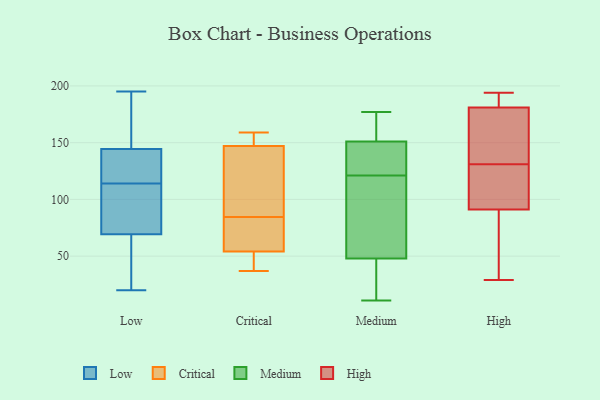
{"axis": {"x": "Page Views", "y": "Value"}, "legend": ["Critical", "High", "Low", "Medium"], "data": [{"x": "", "y": 72, "type": "Low"}, {"x": "", "y": 195, "type": "Low"}, {"x": "", "y": 114, "type": "Low"}, {"x": "", "y": 175, "type": "Low"}, {"x": "", "y": 127, "type": "Low"}, {"x": "", "y": 139, "type": "Low"}, {"x": "", "y": 115, "type": "Low"}, {"x": "", "y": 80, "type": "Low"}, {"x": "", "y": 21, "type": "Low"}, {"x": "", "y": 88, "type": "Low"}, {"x": "", "y": 83, "type": "Low"}, {"x": "", "y": 20, "type": "Low"}, {"x": "", "y": 169, "type": "Low"}, {"x": "", "y": 61, "type": "Low"}, {"x": "", "y": 49, "type": "Low"}, {"x": "", "y": 161, "type": "Low"}, {"x": "", "y": 124, "type": "Low"}, {"x": "", "y": 102, "type": "Critical"}, {"x": "", "y": 58, "type": "Critical"}, {"x": "", "y": 159, "type": "Critical"}, {"x": "", "y": 37, "type": "Critical"}, {"x": "", "y": 104, "type": "Critical"}, {"x": "", "y": 67, "type": "Critical"}, {"x": "", "y": 54, "type": "Critical"}, {"x": "", "y": 147, "type": "Critical"}, {"x": "", "y": 149, "type": "Critical"}, {"x": "", "y": 38, "type": "Critical"}, {"x": "", "y": 156, "type": "Medium"}, {"x": "", "y": 151, "type": "Medium"}, {"x": "", "y": 51, "type": "Medium"}, {"x": "", "y": 81, "type": "Medium"}, {"x": "", "y": 15, "type": "Medium"}, {"x": "", "y": 36, "type": "Medium"}, {"x": "", "y": 141, "type": "Medium"}, {"x": "", "y": 111, "type": "Medium"}, {"x": "", "y": 146, "type": "Medium"}, {"x": "", "y": 177, "type": "Medium"}, {"x": "", "y": 160, "type": "Medium"}, {"x": "", "y": 11, "type": "Medium"}, {"x": "", "y": 149, "type": "Medium"}, {"x": "", "y": 131, "type": "Medium"}, {"x": "", "y": 85, "type": "Medium"}, {"x": "", "y": 164, "type": "Medium"}, {"x": "", "y": 48, "type": "Medium"}, {"x": "", "y": 36, "type": "Medium"}, {"x": "", "y": 138, "type": "High"}, {"x": "", "y": 191, "type": "High"}, {"x": "", "y": 182, "type": "High"}, {"x": "", "y": 194, "type": "High"}, {"x": "", "y": 91, "type": "High"}, {"x": "", "y": 116, "type": "High"}, {"x": "", "y": 29, "type": "High"}, {"x": "", "y": 87, "type": "High"}, {"x": "", "y": 106, "type": "High"}, {"x": "", "y": 181, "type": "High"}, {"x": "", "y": 178, "type": "High"}, {"x": "", "y": 160, "type": "High"}, {"x": "", "y": 89, "type": "High"}, {"x": "", "y": 124, "type": "High"}]}